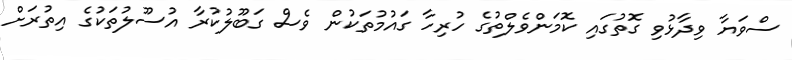
ސްވަޔާ ވިދާޅުވި ގޮތުގައި ކޮމަންވެލްތުގެ ހުރިހާ ގައުމުތަކުން ވެސް ގަބޫލުކުރާ އުސޫލުތަކުގެ އިތުރަށް